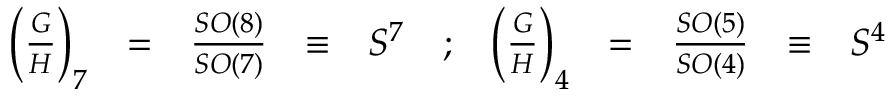
\begin{array} { r c c c l c r c c c l } { { \left( \frac { G } { H } \right) _ { 7 } } } & { { = } } & { { \frac { S O ( 8 ) } { S O ( 7 ) } } } & { { \equiv } } & { { S ^ { 7 } } } & { { ; } } & { { \left( \frac { G } { H } \right) _ { 4 } } } & { { = } } & { { \frac { S O ( 5 ) } { S O ( 4 ) } } } & { { \equiv } } & { { S ^ { 4 } } } \end{array}